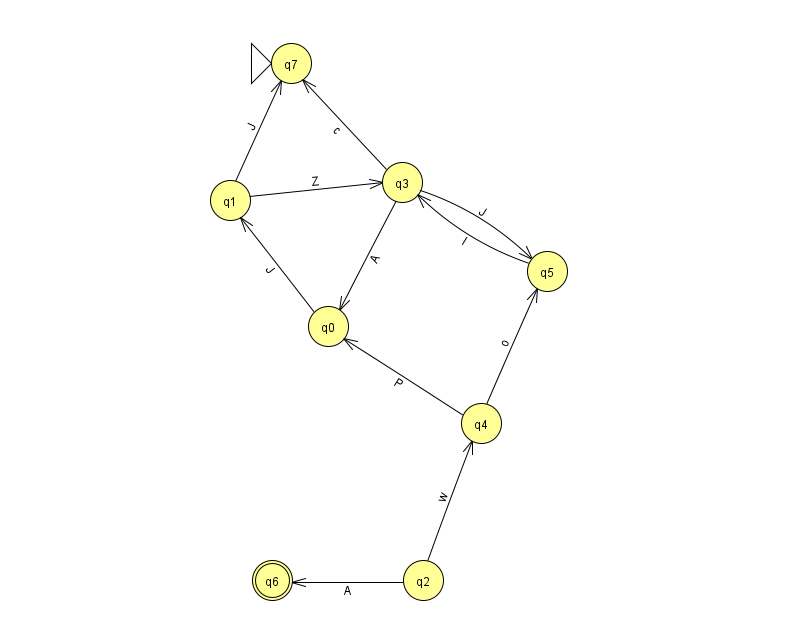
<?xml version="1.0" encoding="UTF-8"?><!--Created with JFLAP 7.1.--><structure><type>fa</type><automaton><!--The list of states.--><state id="0" name="q0"><x>328.0</x><y>313.0</y></state><state id="1" name="q1"><x>230.0</x><y>187.0</y></state><state id="2" name="q2"><x>423.0</x><y>567.0</y></state><state id="3" name="q3"><x>402.0</x><y>169.0</y></state><state id="4" name="q4"><x>481.0</x><y>410.0</y></state><state id="5" name="q5"><x>547.0</x><y>258.0</y></state><state id="6" name="q6"><x>272.0</x><y>567.0</y><final/></state><state id="7" name="q7"><x>291.0</x><y>50.0</y><initial/></state><!--The list of transitions.--><transition><from>1</from><to>3</to><read>Z</read></transition><transition><from>2</from><to>4</to><read>w</read></transition><transition><from>2</from><to>6</to><read>A</read></transition><transition><from>4</from><to>0</to><read>P</read></transition><transition><from>0</from><to>1</to><read>J</read></transition><transition><from>3</from><to>0</to><read>A</read></transition><transition><from>4</from><to>5</to><read>o</read></transition><transition><from>3</from><to>5</to><read>J</read></transition><transition><from>3</from><to>7</to><read>c</read></transition><transition><from>1</from><to>7</to><read>J</read></transition><transition><from>5</from><to>3</to><read>I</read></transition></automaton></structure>